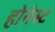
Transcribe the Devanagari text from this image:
होनेस्ट